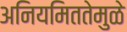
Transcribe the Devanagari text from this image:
अनियमिततेमुळे